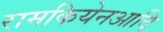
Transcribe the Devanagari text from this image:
रामकियेनआदि